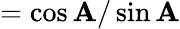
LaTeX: ={\cos\mathbf{A}/\sin\mathbf{A}}